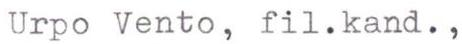
Urpo Vento, fil.kand.,